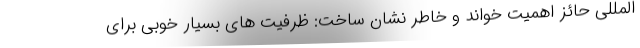
المللی حائز اهمیت خواند و خاطر نشان ساخت: ظرفیت های بسیار خوبی برای